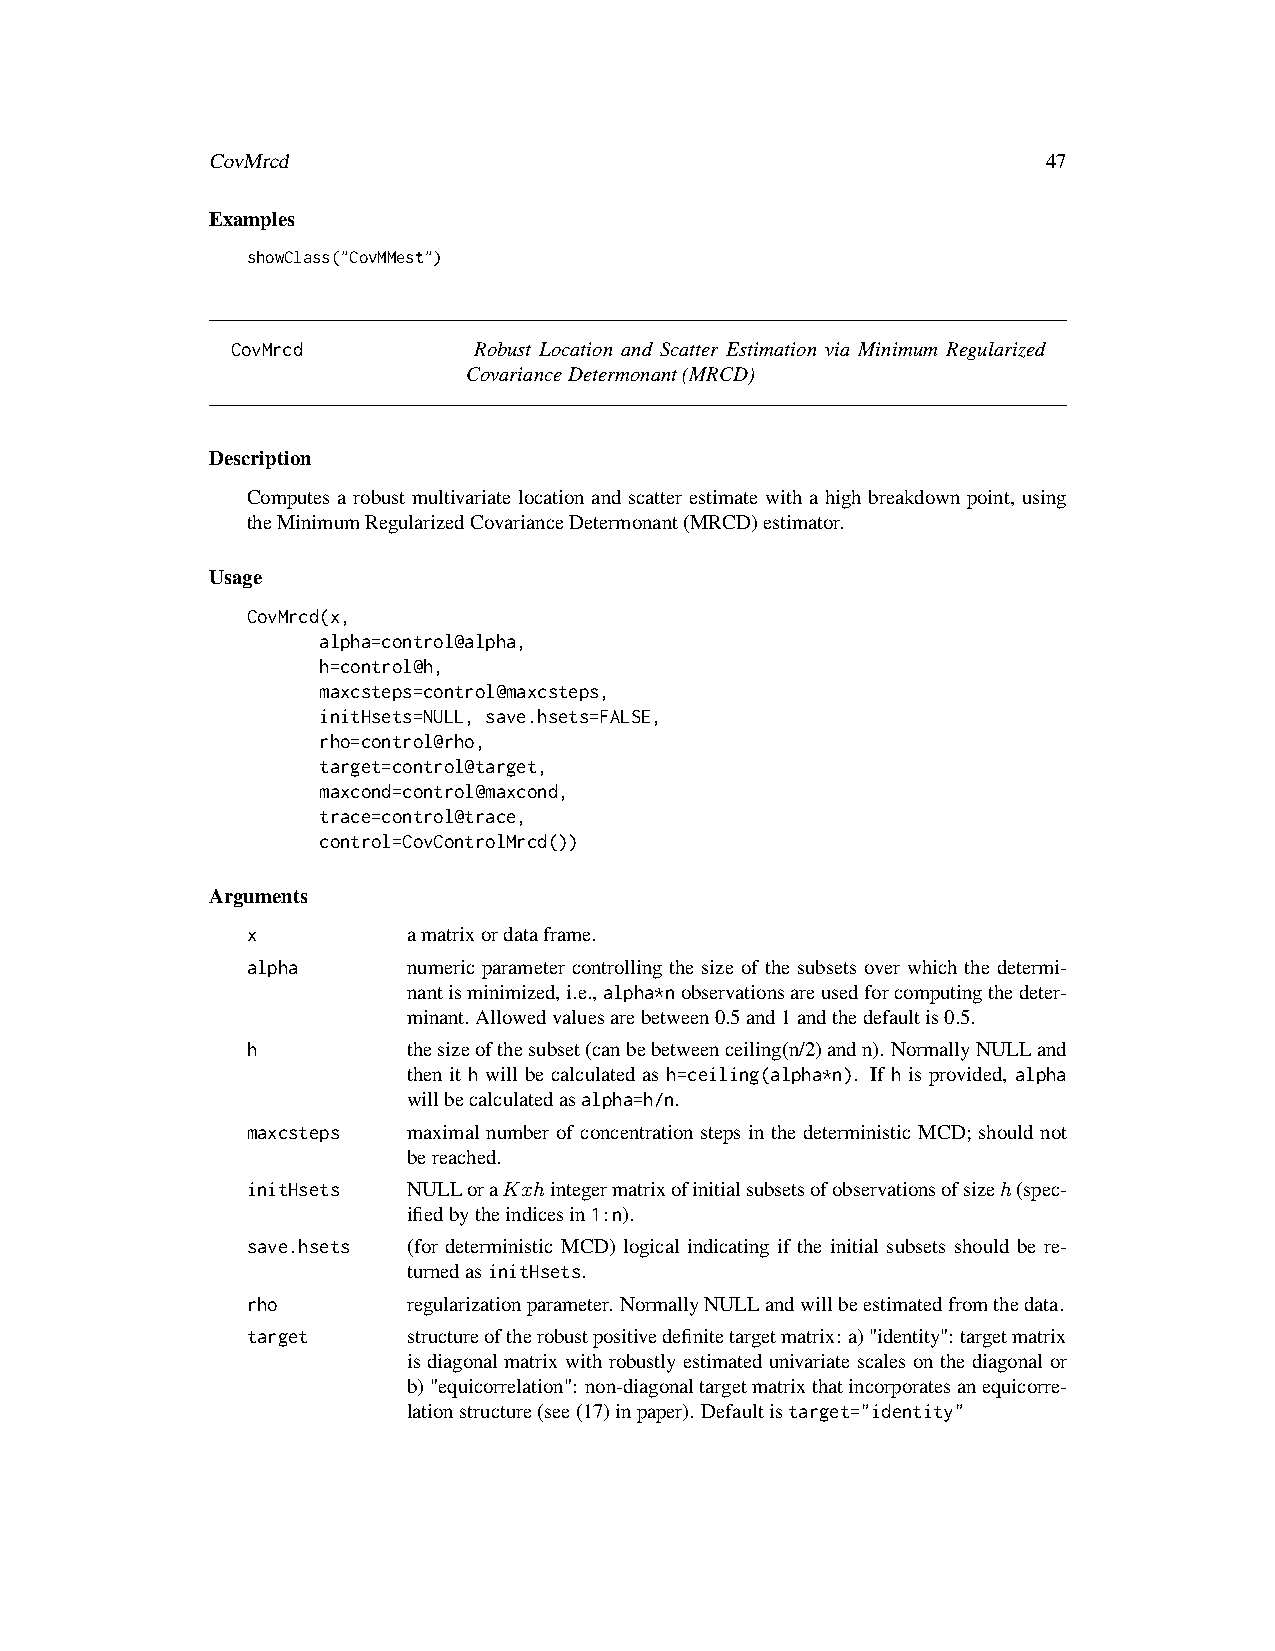
CovMrcd                                                47
 Examples
 showClass("CovMMest")
 CovMrcd         Robust Location and Scatter Estimation via Minimum Regularized
 CovarianceDetermonant(MRCD)
 Description
 Computes a robust multivariate location and scatter estimate with a high breakdown point, using
 theMinimumRegularizedCovarianceDetermonant(MRCD)estimator.
 Usage
 CovMrcd(x,
 alpha=control@alpha,
 h=control@h,
 maxcsteps=control@maxcsteps,
 initHsets=NULL, save.hsets=FALSE,
 rho=control@rho,
 target=control@target,
 maxcond=control@maxcond,
 trace=control@trace,
 control=CovControlMrcd())
 Arguments
 x          amatrixordataframe.
 alpha      numeric parameter controlling the size of the subsets over which the determi-
 nantisminimized,i.e.,alpha*nobservationsareusedforcomputingthedeter-
 minant. Allowedvaluesarebetween0.5and1andthedefaultis0.5.
 h          thesizeofthesubset(canbebetweenceiling(n/2)andn). NormallyNULLand
 then it h will be calculated as h=ceiling(alpha*n). If h is provided, alpha
 willbecalculatedasalpha=h/n.
 maxcsteps  maximal number of concentration steps in the deterministic MCD; should not
 bereached.
 initHsets  NULLoraKxhintegermatrixofinitialsubsetsofobservationsofsizeh(spec-
 ifiedbytheindicesin1:n).
 save.hsets (for deterministic MCD) logical indicating if the initial subsets should be re-
 turnedasinitHsets.
 rho        regularizationparameter. NormallyNULLandwillbeestimatedfromthedata.
 target     structureoftherobustpositivedefinitetargetmatrix:a)"identity":targetmatrix
 is diagonal matrix with robustly estimated univariate scales on the diagonal or
 b)"equicorrelation": non-diagonaltargetmatrixthatincorporatesanequicorre-
 lationstructure(see(17)inpaper). Defaultistarget="identity"